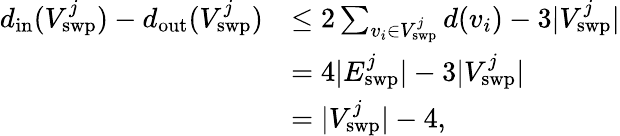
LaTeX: \begin{array}{rl}{d_{\mathrm{in}}(V_{\mathrm{swp}}^{j})-d_{\mathrm{out}}(V_{\mathrm{swp}}^{j})}&{\le 2\sum_{v_{i}\in V_{\mathrm{swp}}^{j}}d(v_{i})-3|V_{\mathrm{swp}}^{j}|}\\ &{=4|E_{\mathrm{swp}}^{j}|-3|V_{\mathrm{swp}}^{j}|}\\ &{=|V_{\mathrm{swp}}^{j}|-4,}\end{array}